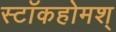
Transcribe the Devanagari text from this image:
स्टॉकहोमश्